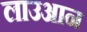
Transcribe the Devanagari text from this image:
लाउआन